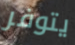
يتوفر